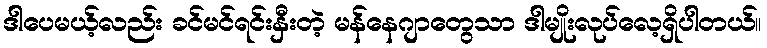
ဒါပေမယ့်လည်း ခင်မင်ရင်းနှီးတဲ့ မန်နေဂျာတွေသာ ဒါမျိုးလုပ်လေ့ရှိပါတယ်။